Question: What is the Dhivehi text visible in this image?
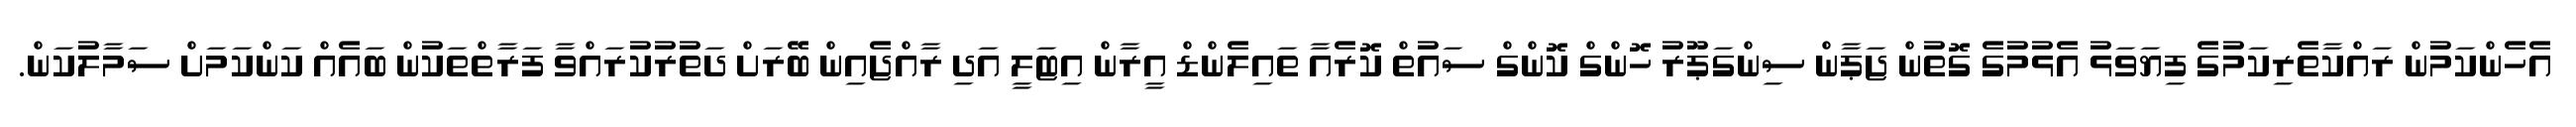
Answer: އެހެންކަމުން ރައްކާތެރިކަމުގެ ފިޔަވަޅު އެޅުމުގެ ގޮތުން ޖަޕާން ސިންގަޕޫރު ހޮންގް ކޮންގް ސައުތް ކޮރެއާ ތައިލެންޑް އީރާން އިޓަލީ އަދި ރާއްޖެއިން ބޭރަށް ދަތުރުކުރައްވާ ފަރާތްތަކުން ބައެއް ކަންކަމަށް ސަމާލުކަން.